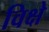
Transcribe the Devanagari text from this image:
विक्षे